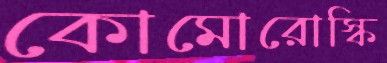
কোমোরোস্কি